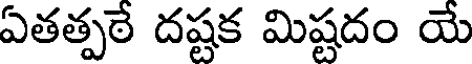
ఏతత్పఠే దష్టక మిష్టదం యే